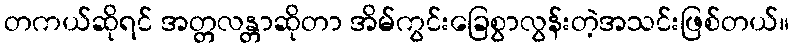
တကယ်ဆိုရင် အတ္တလန္တာဆိုတာ အိမ်ကွင်းခြေစွာလွန်းတဲ့အသင်းဖြစ်တယ်။